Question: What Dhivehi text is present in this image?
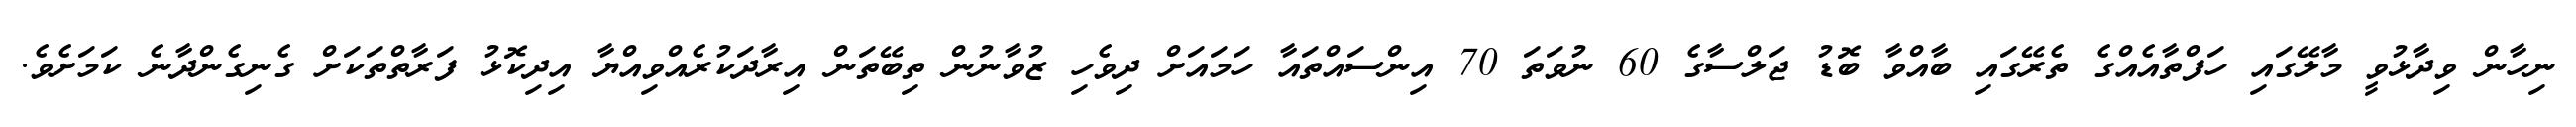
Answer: ނިހާން ވިދާޅުވީ މާލޭގައި ހަފްތާއެއްގެ ތެރޭގައި ބާއްވާ ބޮޑު ޖަލްސާގެ 60 ނުވަތަ 70 އިންސައްތައާ ހަމައަށް ދިވެހި ޒުވާނުން ތިބޭތަން އިރާދަކުރެއްވިއްޔާ އިދިކޮޅު ފަރާތްތަކަށް ގެނިގެންދާނެ ކަމަށެވެ.